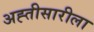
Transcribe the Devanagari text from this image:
अह्तीसारीला